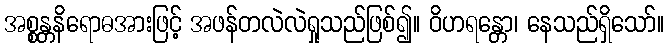
အစ္စန္တနိရောဓအားဖြင့် အဖန်တလဲလဲရှုသည်ဖြစ်၍။ ဝိဟရန္တော၊ နေသည်ရှိသော်။